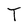
Character: T